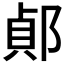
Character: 𨜓